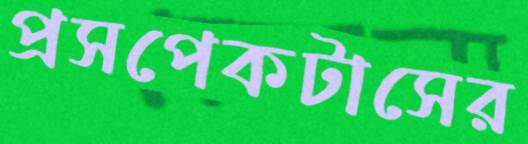
প্রসপেকটাসের